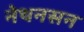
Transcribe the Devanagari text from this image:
नेथनसन